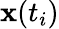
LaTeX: {\mathbf x}(t_{i})